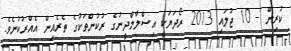
ކުރިން - 10 ޖުލައި 2013 ރޯދަޔަކީ އިސްލާމްދީނުގެ ރުކުންތަކުގެ ތެރެއިން އެއްރުކުނެވެ.